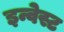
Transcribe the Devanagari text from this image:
इन्वेस्ट